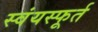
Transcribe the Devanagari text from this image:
स्वंयस्फूर्त